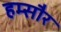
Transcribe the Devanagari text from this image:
हम्सौर